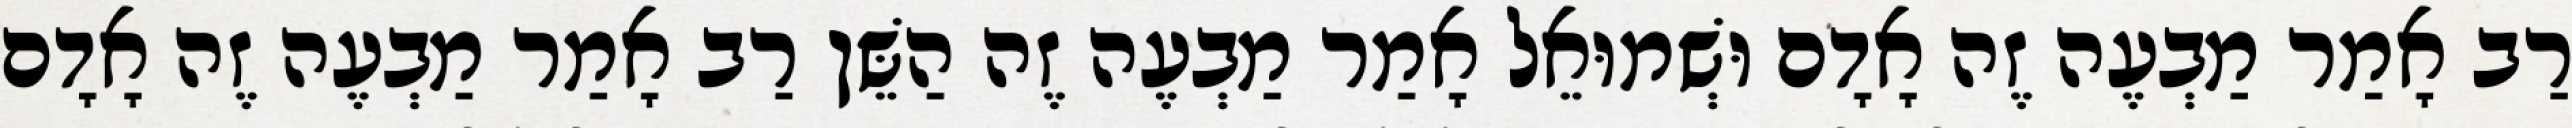
רַב אָמַר מַבְעֶה זֶה אָדָם וּשְׁמוּאֵל אָמַר מַבְעֶה זֶה הַשֵּׁן רַב אָמַר מַבְעֶה זֶה אָדָם